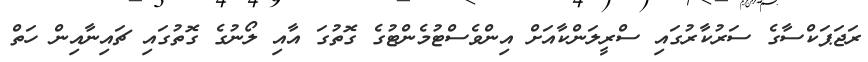
ރަޖަޕަކްސާގެ ސަރުކާރުގައި ސްރީލަންކާއަށް އިންވެސްޓުމެންޓުގެ ގޮތުގަ އާއި ލޯނުގެ ގޮތުގައި ޗައިނާއިން ހަތް